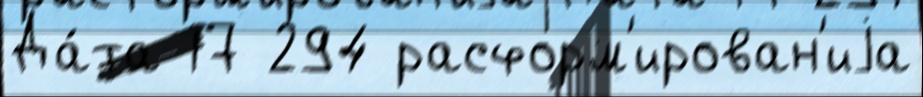
Да́та 17 294 расформ'ирован'иjа